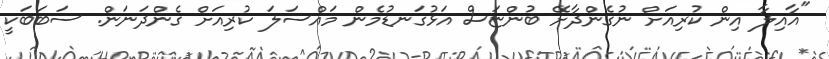
"އާއިލާ އިން ކުރިއަށް ނުގެންދާށޭ ބުންޏަސް އަޅުގަނޑުމެން މައްސަލަ ކުރިއަށް ގެންދަނަން. ސަބަބަކީ